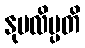
နုပလိပ္ပတိ